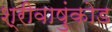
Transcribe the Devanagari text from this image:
श्रीवाष़ुंकोड